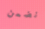
نضمن